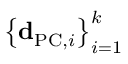
\left\{ { \bf d } _ { \mathrm { P C } , i } \right\} _ { i = 1 } ^ { k }